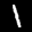
Label: 1